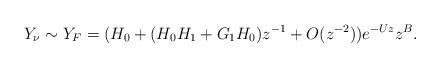
\begin{align*} Y_{\nu}\sim Y_{F}=(H_{0}+(H_{0}H_{1}+G_{1}H_{0})z^{-1}+O(z^{-2}))e^{-Uz}z^{B}.\end{align*}